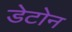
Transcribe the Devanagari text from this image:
डेटोन